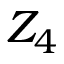
Z _ { 4 }